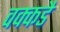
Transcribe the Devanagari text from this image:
वक्कडै